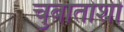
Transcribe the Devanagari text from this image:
चुबातोशी